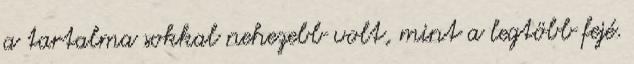
a tartalma sokkal nehezebb volt, mint a legtöbb fejé.